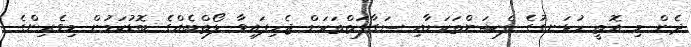
ދެން މި އޮތީ ހުޅަނގުގެ ފެޝަންތަކަށާއި ސަގާފަތްތަކަށް ޖެހިފައިވާ ލޯތްބެއްގެ ބޮޑުކަމުން މިވެރިންގެ